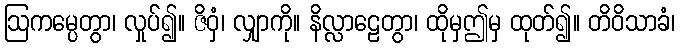
ဩကမ္ပေတွာ၊ လှုပ်၍။ ဇိဝှံ၊ လျှာကို။ နိလ္လာဠေတွာ၊ ထိုမှဤမှ ထုတ်၍။ တိဝိသာခံ၊